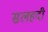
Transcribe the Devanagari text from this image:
सलहदी